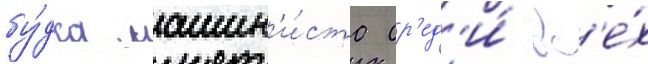
бу́дка машин'и́ста ср'ед'и́ вс'е́х